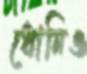
ধোনিও